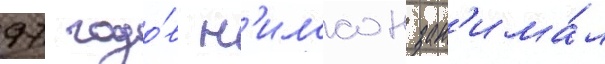
97 годо́в н'илссон зан'има́л